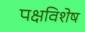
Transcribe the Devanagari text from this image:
पक्षविशेष